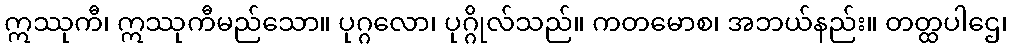
ဣဿုကီ၊ ဣဿုကီမည်သော။ ပုဂ္ဂလော၊ ပုဂ္ဂိုလ်သည်။ ကတမောစ၊ အဘယ်နည်း။ တတ္ထပါဌေ၊